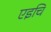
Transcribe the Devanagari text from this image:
एइचि